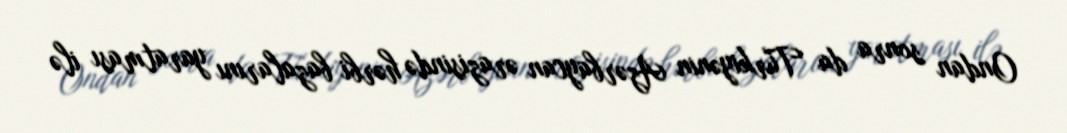
Ondan sonra da Türkiyənin Azərbaycan ərazisində hərbi bazalarını yaratması ilə